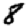
Digit: 8